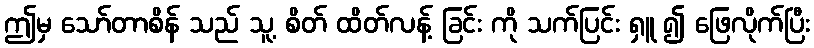
ဤမှ သော်တာစိန် သည် သူ့ စိတ် ထိတ်လန့် ခြင်း ကို သက်ပြင်း ရှူ ၍ ဖြေလိုက်ပြီး